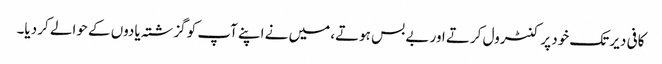
کافی دیر تک خود پر کنٹرول کرتے اور بے بس ہوتے، میں نے اپنے آپ کو گزشتہ یادوں کے حوالے کر دیا۔